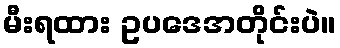
မီးရထား ဥပဒေအတိုင်းပဲ။